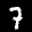
Label: 7